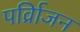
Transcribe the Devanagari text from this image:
पर्व्रािजन